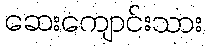
ဆေးကျောင်းသား